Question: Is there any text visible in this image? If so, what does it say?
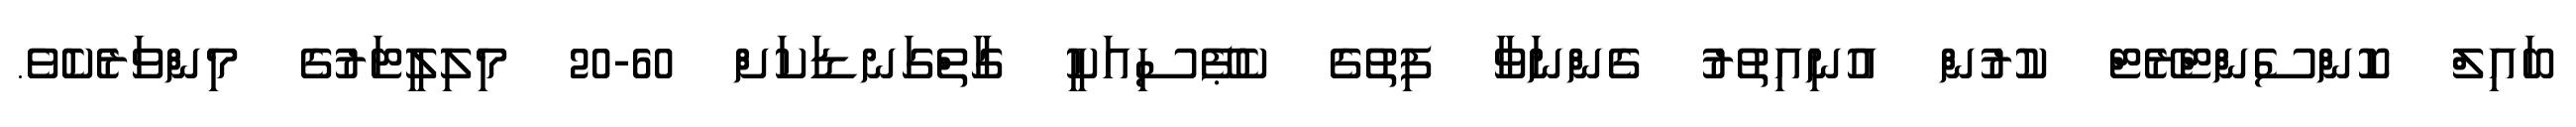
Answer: ބައިލް ކޮންސެންޓްރޭޓް ކުރުން އުނިއިތުރު ގެންނަވާ ފިތުގެ ކެޕޭސިއަކީ ގާތްގަނޑަކަށް 60-20 މިލިލީޓަރުގެ މިންވަރެކެވެ.